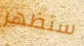
ستظهر